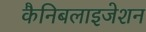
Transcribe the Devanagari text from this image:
कैनिबलाइजेशन